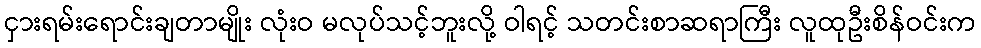
ငှားရမ်းရောင်းချတာမျိုး လုံးဝ မလုပ်သင့်ဘူးလို့ ဝါရင့် သတင်းစာဆရာကြီး လူထုဦးစိန်ဝင်းက